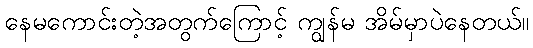
နေမကောင်းတဲ့အတွက်ကြောင့် ကျွန်မ အိမ်မှာပဲနေတယ်။